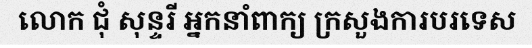
លោក ជុំ សុន្ទរី អ្នកនាំពាក្យ ក្រសួងការបរទេស